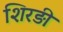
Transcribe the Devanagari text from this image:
शिरड़ी